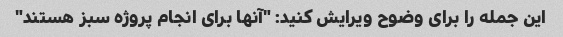
این جمله را برای وضوح ویرایش کنید: "آنها برای انجام پروژه سبز هستند"